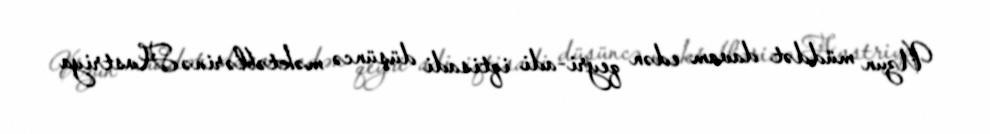
Uzun müddət davam edən qeyri-adi iqtisadi düşüncə məktəblərinə Avstriya